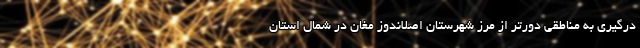
درگیری به مناطقی دورتر از مرز شهرستان اصلاندوز مغان در شمال استان